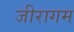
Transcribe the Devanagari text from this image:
जीरागम